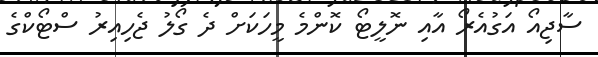
ސާޖިއޯ އަގުއެރޯ އާއި ނޮލީޓޯ ކޮންމެ މީހަކަށް ދެ ގޯލު ޖެހިއިރު ސްޓޯކްގެ